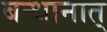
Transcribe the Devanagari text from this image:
बन्धानात्